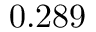
0 . 2 8 9